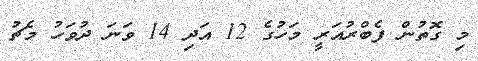
މި ގޮތުން ފެބްރުއަރީ މަހުގެ 12 އަދި 14 ވަނަ ދުވަހު މެޗު